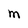
Character: M